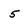
Character: 5